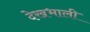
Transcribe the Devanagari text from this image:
देखभाली